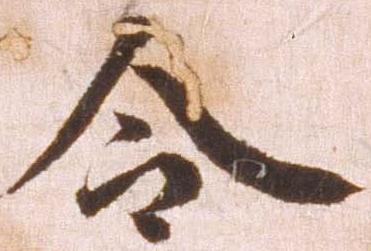
令